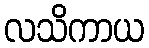
လသိကာယ